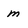
Character: m